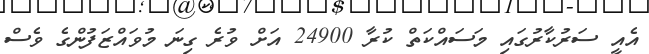
އެއީ ސަރުކާރުގައި މަސައްކަތް ކުރާ 24900 އަށް ވުރެ ގިނަ މުވައްޒަފުންގެ ވެސް